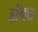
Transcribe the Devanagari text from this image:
हॉयत